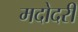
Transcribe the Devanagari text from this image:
मदोदरी